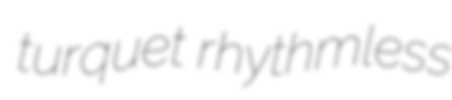
turquet rhythmless